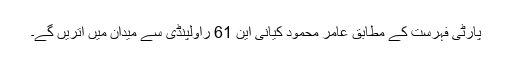
پارٹی فہرست کے مطابق عامر محمود کیانی این 61 راولپنڈی سے میدان میں اتریں گے۔